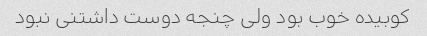
کوبیده خوب بود ولی چنجه دوست داشتنی نبود